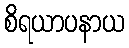
စိရယာပနာယ